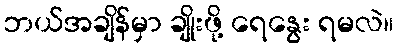
ဘယ်အချိန်မှာ ချိုးဖို့ ရေနွေး ရမလဲ။